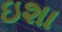
ઇશા